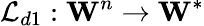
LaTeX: \mathcal{L}_{d1}:\textbf{W}^{n}\to\textbf{W}^{*}